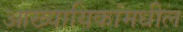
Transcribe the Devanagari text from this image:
आख्यायिकांमधील